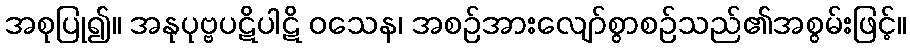
အစုပြု၍။ အနုပုဗ္ဗပဋိပါဋိ ဝသေန၊ အစဉ်အားလျော်စွာစဉ်သည်၏အစွမ်းဖြင့်။